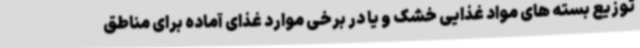
توزیع بسته های مواد غذایی خشک و یا در برخی موارد غذای آماده برای مناطق